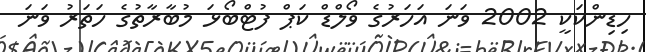
ހިޑިންކަކީ 2002 ވަނަ އަހަރުގެ ވޯލްޑް ކަޕް ފުޓްބޯޅަ މުބާރާތުގެ ހަތަރު ވަނަ